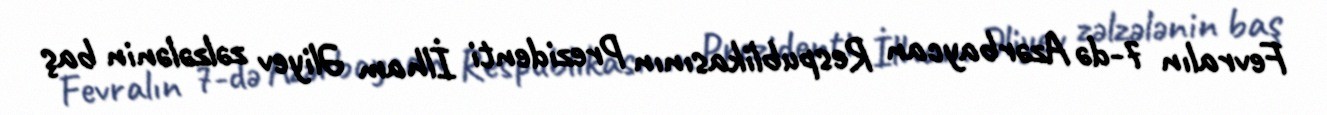
Fevralın 7-də Azərbaycan Respublikasının Prezidenti İlham Əliyev zəlzələnin baş